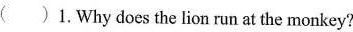
( )1.Why does the lion run at the monkey?